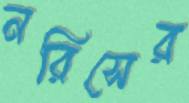
নরিসের